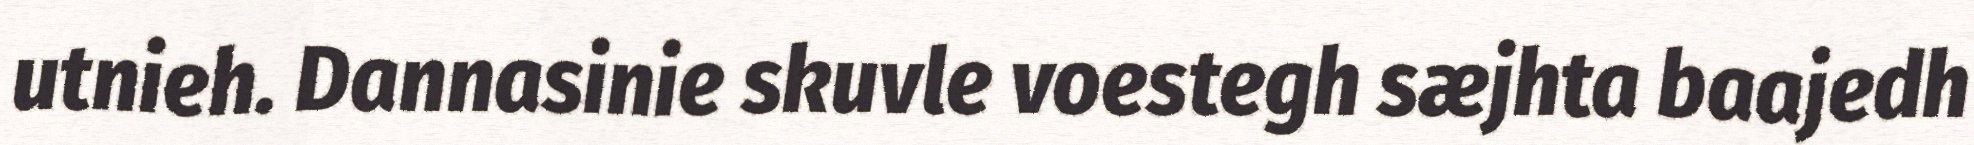
utnieh. Dannasinie skuvle voestegh sæjhta baajedh